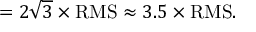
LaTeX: = 2 { \sqrt { 3 } } \times { \mathrm { R M S } } \approx 3 . 5 \times { \mathrm { R M S } } .